Report of the Indian Hemp Drugs Commission, 1894-1895 - Volume VIII
Year: 1894
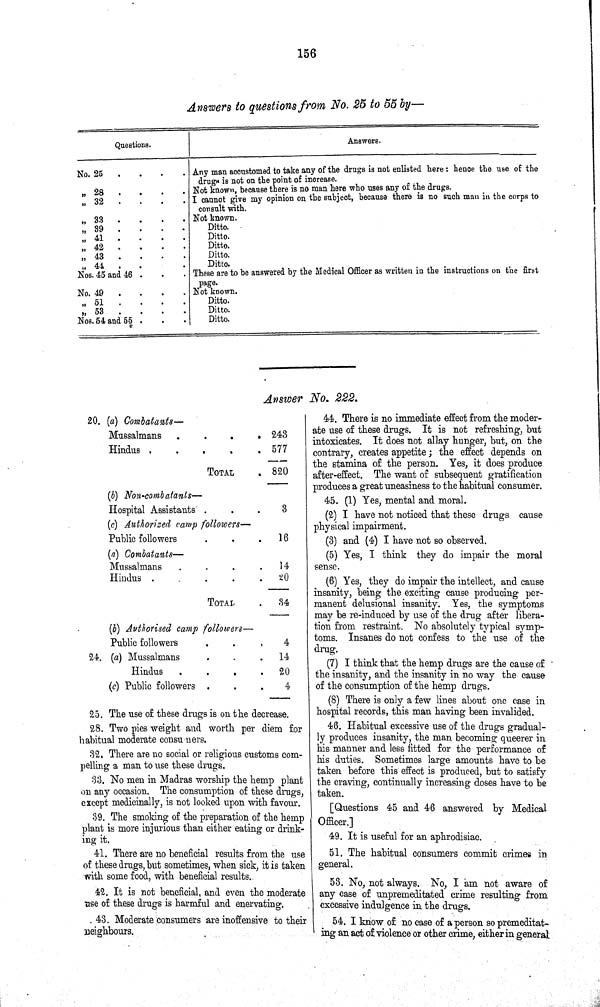
156
Answers to questions from No. 25 to 55 by—
Questions.
Answers.
No. 25
Any man accustomed to take any of the drugs is not enlisted here: hence the use of the
23
drugs is not on the point of increase.
Not known, because there is no man here who uses any of the drugs.
32
I cannot give my opinion on the subject, because there is no such man in the corps to
consult with.
"
33
Not known.
" 39
Ditto.
" 41
Ditto.
" 42
Ditto.
" 43
Ditto.
" 41
Ditto.
Nos. 45 and 46
These are to be answered by the Medical Officer as written in the instructions on the first
page.
No. 49
Not known.
"
51
Ditto.
"
53
Ditto.
Nos. 54 and 55
Ditto.
Answer No. 222.
20. (a) Combatant—
Mussalmans
243
Hindus
577
TOTAL 820
(b) Non-combatants—
Hospital Assistants
3
(c) Authorized camp followers—
Public followers
16
(a) Combatants—
Mussalmans
14
Hindus
20
TOTAL
34
(b) Authorised camp followers—
Public followers
4
24.
(a) Mussalmans
14
Hindus
20
(c) Public followers
4
25. The use of these drugs is on the decrease.
28. Two pies weight and worth per diem for
habitual moderate consumers.
32. There are no social or religious customs com¬
pelling a man to use these drugs.
33. No men in Madras worship the hemp plant
on any occasion. The consumption of these drugs,
except medicinally, is not looked upon with favour.
39. The smoking of the preparation of the hemp
plant is more injurious than either eating or drink¬
ing it.
41. There are no beneficial results from the use
of these drugs, but sometimes, when sick, it is taken
with some food, with beneficial results.
42. It is not beneficial, and even the moderate
use of these drugs is harmful and enervating.
43. Moderate consumers are inoffensive to their
neighbours.
44. There is no immediate effect from the moder¬
ate use of these drugs. It is not refreshing, but
intoxicates. It does not allay hunger, but, on the
contrary, creates appetite; the effect depends on
the stamina of the person. Yes, it does produce
after-effect. The want of subsequent gratification
produces a great uneasiness to the habitual consumer.
45. (1) Yes, mental and moral.
(2) I have not noticed that these drugs cause
physical impairment.
(3) and (4) I have not so observed.
(5) Yes, I think they do impair the moral
sense.
(6) Yes, they do impair the intellect, and cause
insanity, being the exciting cause producing per¬
manent delusional insanity. Yes, the symptoms
may be re-induced by use of the drug after libera¬
tion from restraint. No absolutely typical symp¬
toms. Insanes do not confess to the use of the
drug.
(7) I think that the hemp drugs are the cause of
the insanity, and the insanity in no way the cause
of the consumption of the hemp drugs.
(8) There is only a few lines about one case in
hospital records, this man having been invalided.
46. Habitual excessive use of the drugs gradual¬
ly produces insanity, the man becoming queerer in
his manner and less fitted for the performance of
his duties. Sometimes large amounts have to be
taken before this effect is produced, but to satisfy
the craving, continually increasing doses have to be
taken.
[Questions 45 and 46 answered by Medical
Officer.]
49. It is useful for an aphrodisiac.
51. The habitual consumers commit crimes in
general.
53. No, not always. No, I am not aware of
any case of unpremeditated crime resulting from
excessive indulgence in the drugs.
54. I know of no case of a person so premeditat¬
ing an act of violence or other crime, either in general